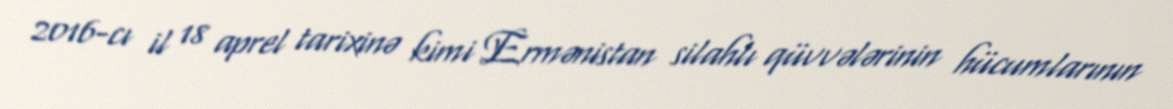
2016-cı il 18 aprel tarixinə kimi Ermənistan silahlı qüvvələrinin hücumlarının